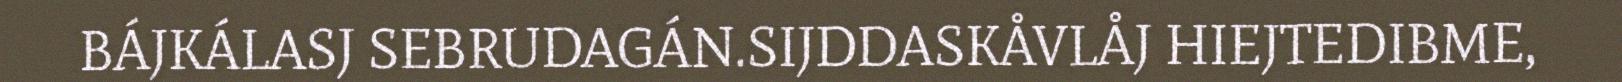
BÁJKÁLASJ SEBRUDAGÁN.SIJDDASKÅVLÅJ HIEJTEDIBME,